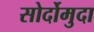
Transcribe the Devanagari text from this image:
सोर्दोमुदा